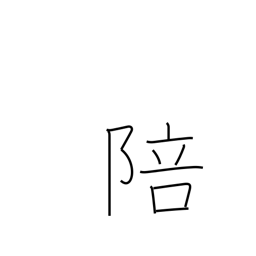
Meaning: obeisance